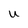
Character: U